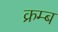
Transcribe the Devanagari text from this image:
क्रम्ब